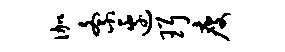
伽紊边珥瘦